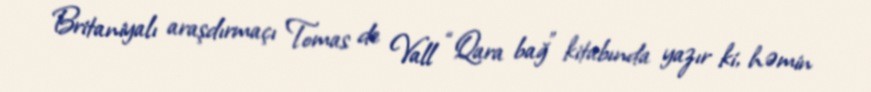
Britaniyalı araşdırmaçı Tomas de Vall “Qara bağ” kitabında yazır ki, həmin